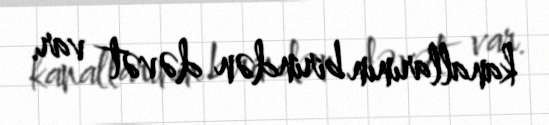
kanallarının birindən dəvət var.